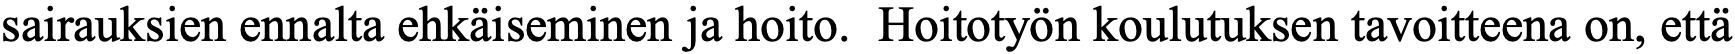
sairauksien ennalta ehkäiseminen ja hoito. Hoitotyön koulutuksen tavoitteena on, että